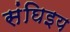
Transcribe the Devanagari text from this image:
संघिइय